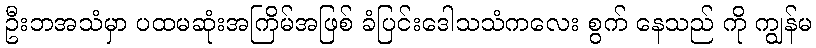
ဦးဘအသံမှာ ပထမဆုံးအကြိမ်အဖြစ် ခံပြင်းဒေါသသံကလေး စွက် နေသည် ကို ကျွန်မ